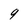
Character: 9